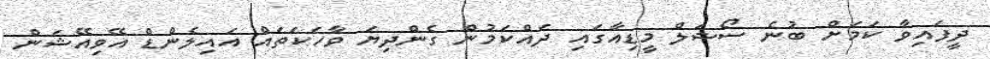
ދީފައިވާ ކަމަށް ބުނެ ސޯޝަލް މީޑިއާގައި ދައްކަމުން ގެންދިޔަ ވާހަކަތައް އައިލެންޑް އޭވިއޭޝަން